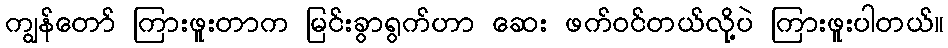
ကျွန်တော် ကြားဖူးတာက မြင်းခွာရွက်ဟာ ဆေး ဖက်ဝင်တယ်လို့ပဲ ကြားဖူးပါတယ်။